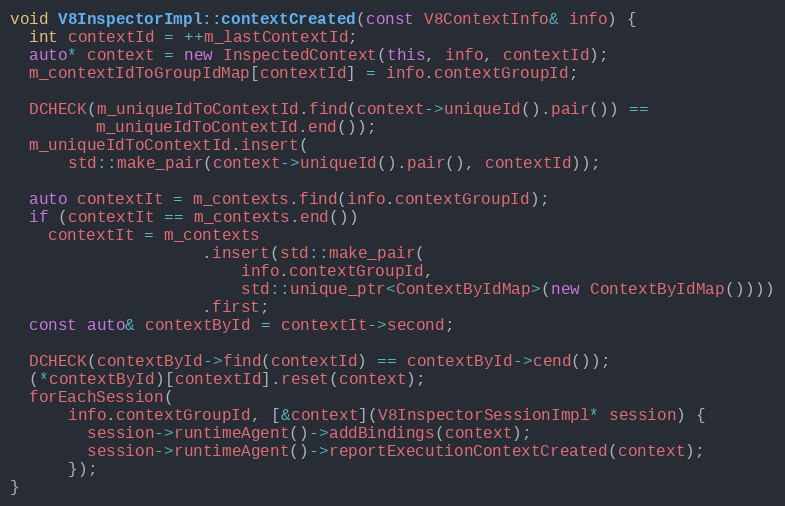
Language: C++
void V8InspectorImpl::contextCreated(const V8ContextInfo& info) {
  int contextId = ++m_lastContextId;
  auto* context = new InspectedContext(this, info, contextId);
  m_contextIdToGroupIdMap[contextId] = info.contextGroupId;

  DCHECK(m_uniqueIdToContextId.find(context->uniqueId().pair()) ==
         m_uniqueIdToContextId.end());
  m_uniqueIdToContextId.insert(
      std::make_pair(context->uniqueId().pair(), contextId));

  auto contextIt = m_contexts.find(info.contextGroupId);
  if (contextIt == m_contexts.end())
    contextIt = m_contexts
                    .insert(std::make_pair(
                        info.contextGroupId,
                        std::unique_ptr<ContextByIdMap>(new ContextByIdMap())))
                    .first;
  const auto& contextById = contextIt->second;

  DCHECK(contextById->find(contextId) == contextById->cend());
  (*contextById)[contextId].reset(context);
  forEachSession(
      info.contextGroupId, [&context](V8InspectorSessionImpl* session) {
        session->runtimeAgent()->addBindings(context);
        session->runtimeAgent()->reportExecutionContextCreated(context);
      });
}